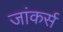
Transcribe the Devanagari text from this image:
जांकर्स